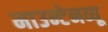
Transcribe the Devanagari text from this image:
माउन्टेनव्यू